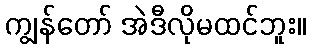
ကျွန်တော် အဲဒီလိုမထင်ဘူး။